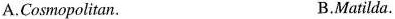
A.Cosmopolitan. B.Matilda.